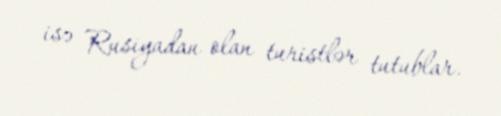
isə Rusiyadan olan turistlər tutublar.